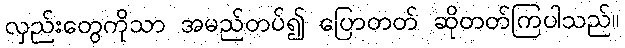
လှည်းတွေကိုသာ အမည်တပ်၍ ပြောတတ် ဆိုတတ်ကြပါသည်။